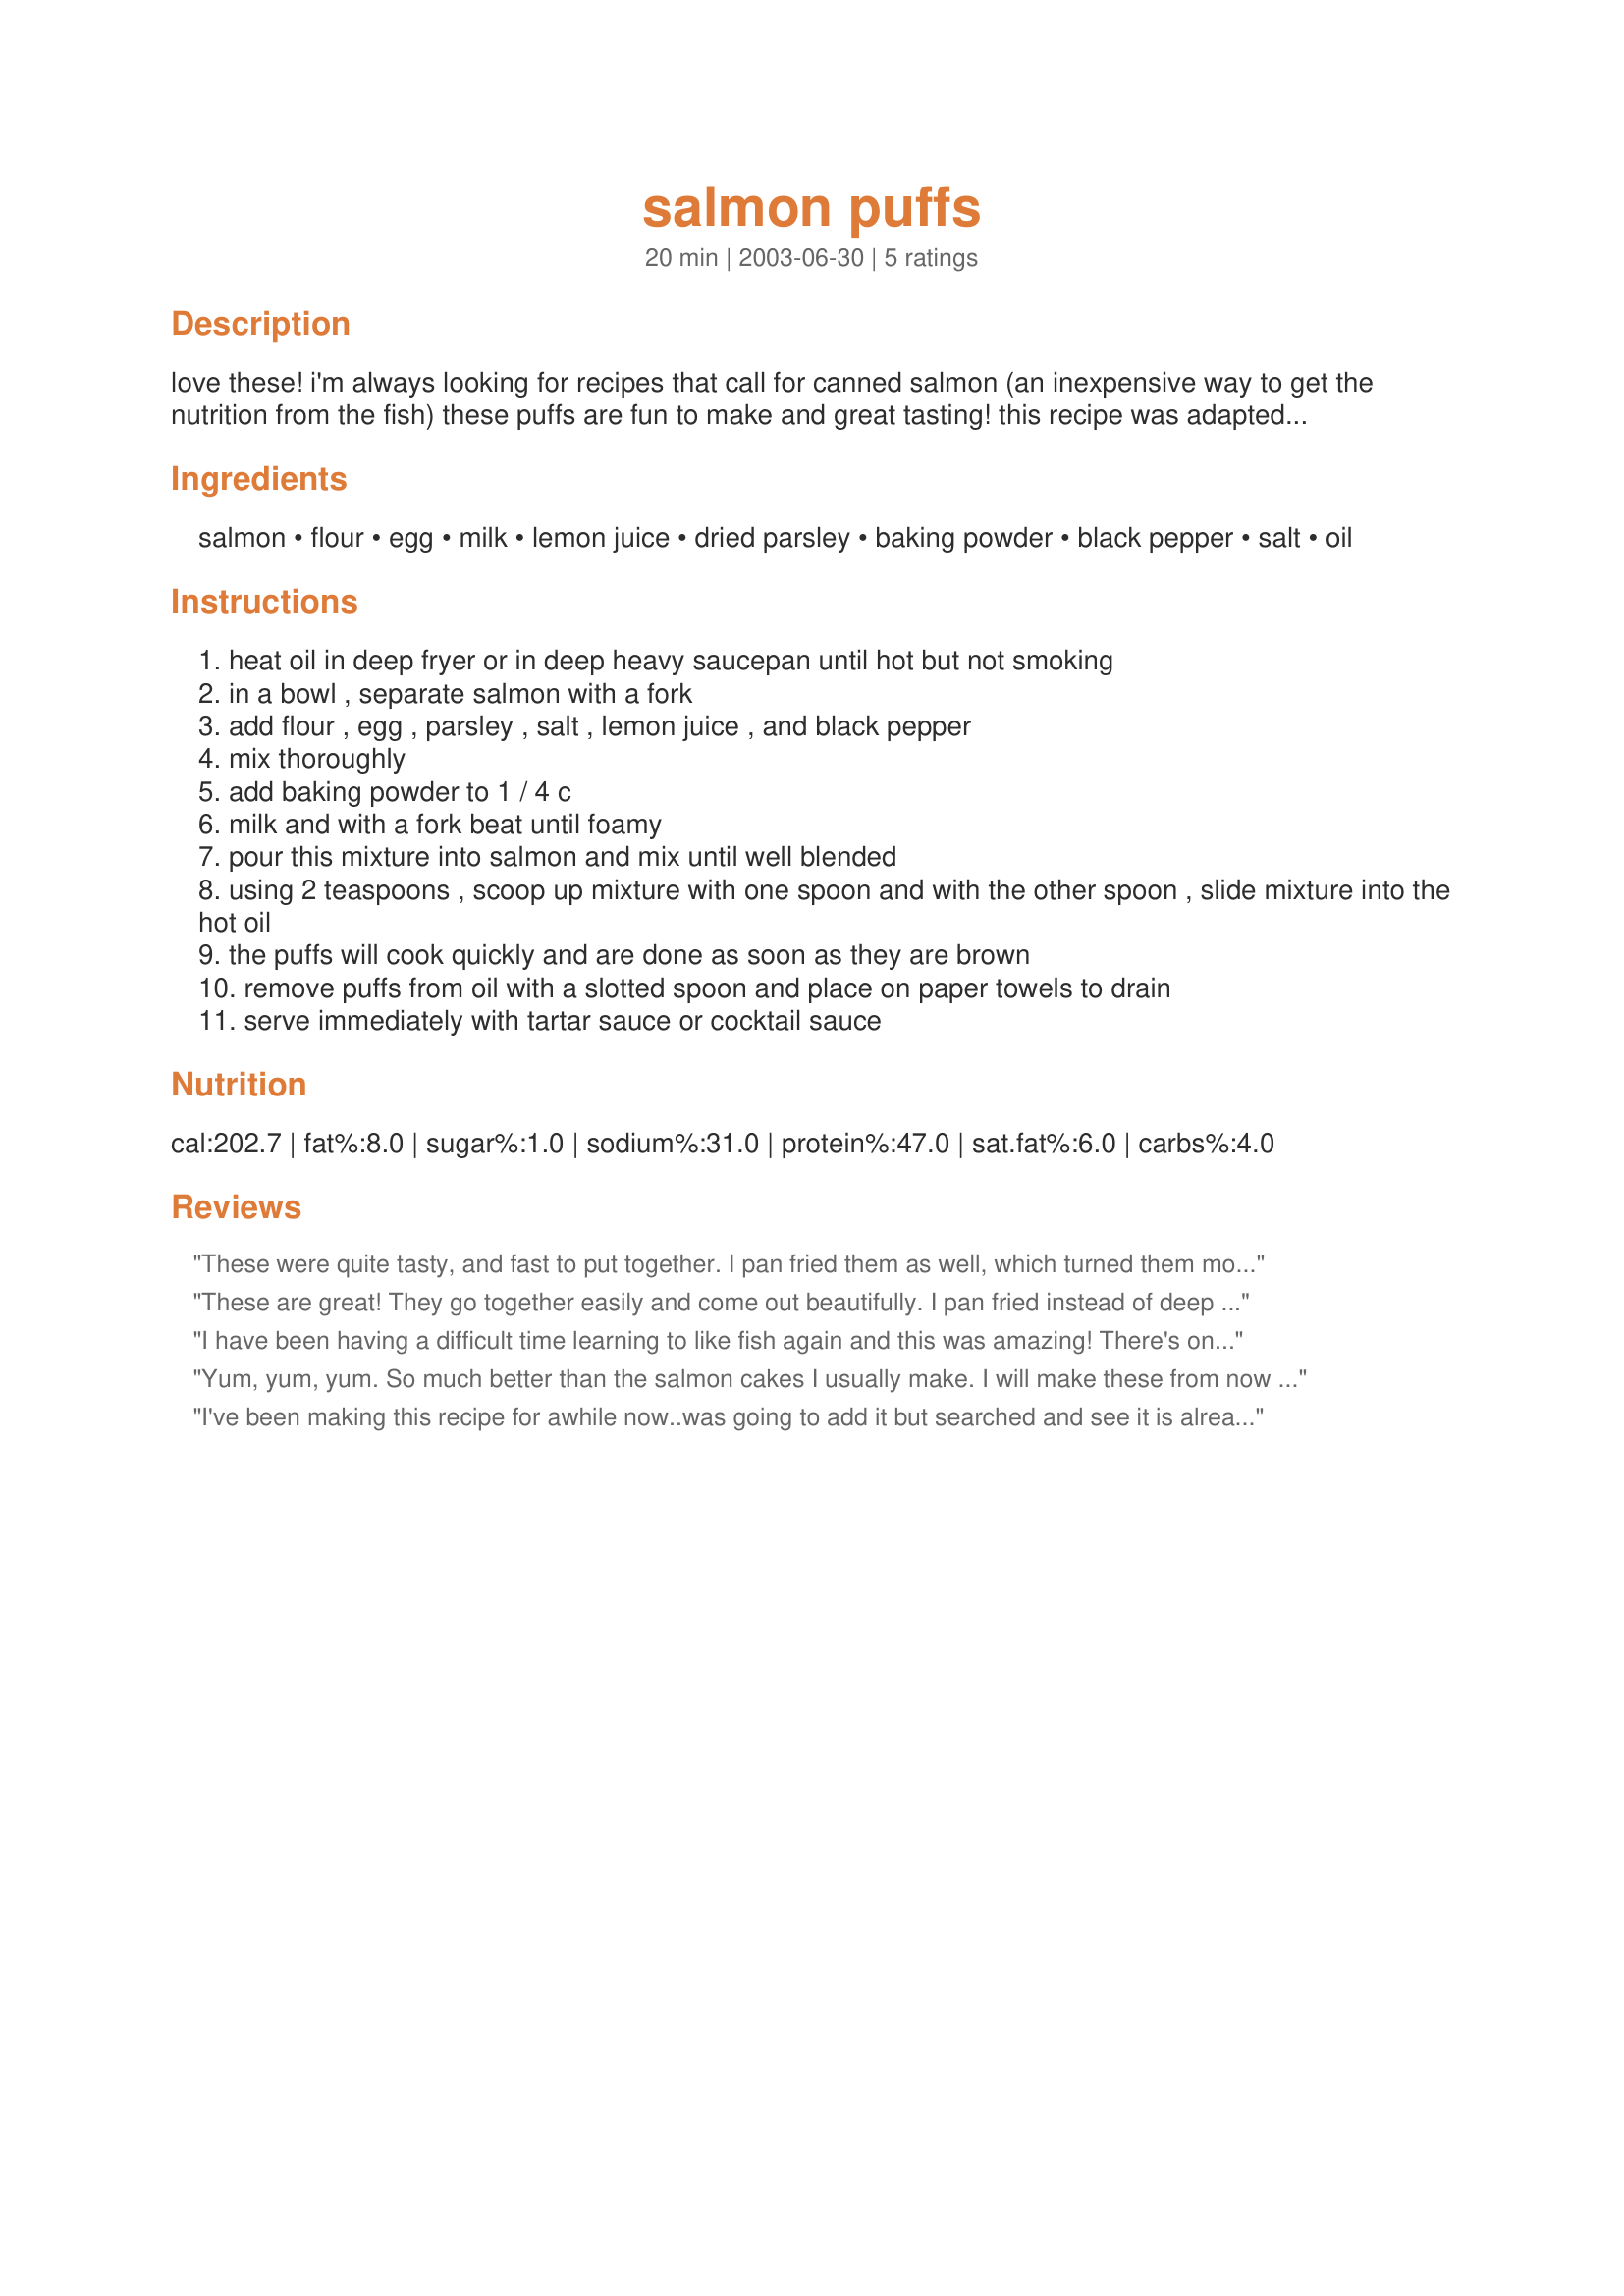
salmon puffs
Preparation time: 20 minutes

love these! i'm always looking for recipes that call for canned salmon (an inexpensive way to get the nutrition from the fish) these puffs are fun to make and great tasting! this recipe was adapted from "at home with family & friends" cookbook from cornerstone television.

Ingredients:
salmon, flour, egg, milk, lemon juice, dried parsley, baking powder, black pepper, salt, oil

Steps:
heat oil in deep fryer or in deep heavy saucepan until hot but not smoking
in a bowl , separate salmon with a fork
add flour , egg , parsley , salt , lemon juice , and black pepper
mix thoroughly
add baking powder to 1 / 4 c
milk and with a fork beat until foamy
pour this mixture into salmon and mix until well blended
using 2 teaspoons , scoop up mixture with one spoon and with the other spoon , slide mixture into the hot oil
the puffs will cook quickly and are done as soon as they are brown
remove puffs from oil with a slotted spoon and place on paper towels to drain
serve immediately with tartar sauce or cocktail sauce

Reviews:
These were quite tasty, and fast to put together. I pan fried them as well, which turned them more into salmon cakes than 'puffs'. My son asked for seconds which is amazing since he had already decided he hated salmon. Thanks for a delicious recipe!
These are great! They go together easily and come out beautifully. I pan fried instead of deep frying and had to turn them over after about two minutes. You don't want to turn them over too quickly, because they can fall apart. 

These are divine! My three year old asked for seconds - if that isn't a good review, i don't know what is.
I have been having a difficult time learning to like fish again and this was amazing! There's only a hint of lemon and salmon, everything is mild tasting, but very good. I had to pan fry these and I used olive oil. Wonderful - thank you!
Yum, yum, yum. So much better than the salmon cakes I usually make. I will make these from now on. I did pan fry them in a little bit more oil than usual for sauteeing. Great recipe.
I've been making this recipe for awhile now..was going to add it but searched and see it is already here. These are a fast/simple and very tasty treat to toss together. You can make them with tuna or salmon, and if you don't have milk on hand you can simply retain 1/4 cup of the liquid from the salmon or tuna and use that. They also lend themselves well to additions. Some chopped onion (my wifes favorite)..or for me, some chedder cheese in the tuna ones! I've also had the salmon with no lemon juice, added 2 tablespoons of mayonnaise and a bit of dill weed. Lovely!
